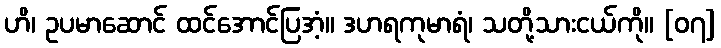
ဟိ၊ ဥပမာဆောင် ထင်အောင်ပြအံ့။ ဒဟရကုမာရံ၊ သတို့သားငယ်ကို။ [၀၇]